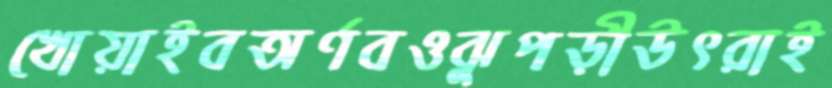
খোয়াইবঅর্ণবওঝুপড়ীউৎরাই